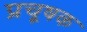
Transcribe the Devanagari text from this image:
प्रचूषक